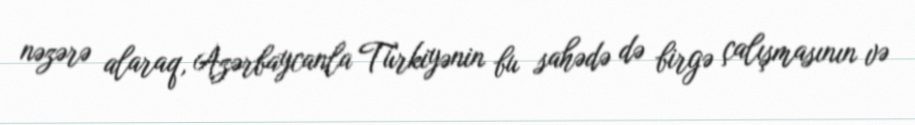
nəzərə alaraq, Azərbaycanla Türkiyənin bu sahədə də birgə çalışmasının və